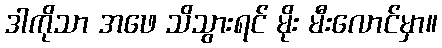
ဒါကိုသာ အဖေ သိသွားရင် မိုး မီးလောင်မှာ။